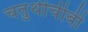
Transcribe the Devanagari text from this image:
चतुर्थीचीबी